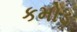
કમોડ